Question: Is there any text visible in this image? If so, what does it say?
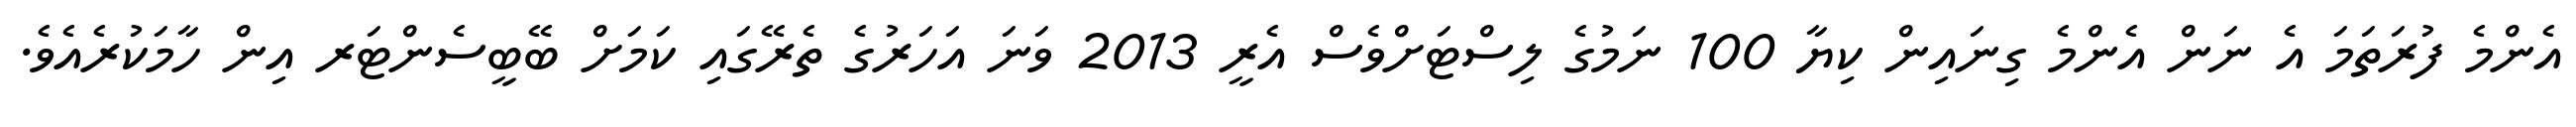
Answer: އެންމެ ފުރަތަމަ އެ ނަން އެންމެ ގިނައިން ކިޔާ 100 ނަމުގެ ލިސްޓަށްވެސް އެރީ 2013 ވަނަ އަހަރުގެ ތެރޭގައި ކަމަށް ބޭބީސެންޓަރ އިން ހާމަކުރެއެވެ.